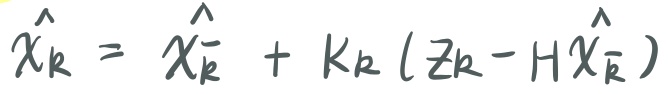
$\hat{x}_k = \hat{x}_{\bar{k}} + K_k (z_k - H\hat{x}_{\bar{k}})$